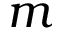
m